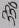
Text: 330